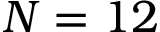
N = 1 2